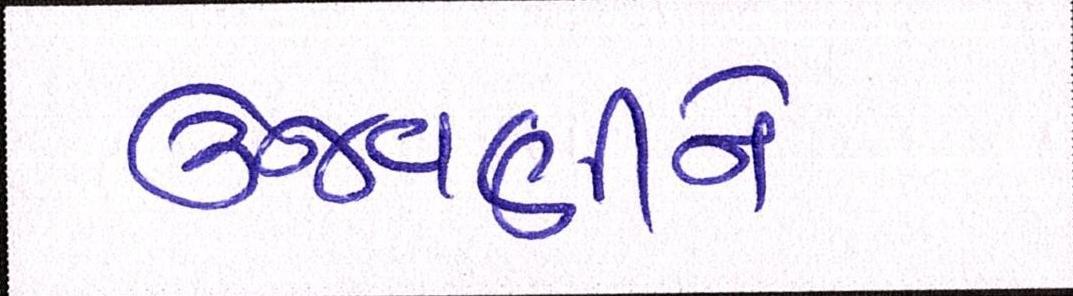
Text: ઉજવણીને